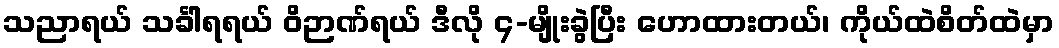
သညာရယ် သင်္ခါရရယ် ဝိဉာဏ်ရယ် ဒီလို ၄-မျိုးခွဲပြီး ဟောထားတယ်၊ ကိုယ်ထဲစိတ်ထဲမှာ